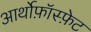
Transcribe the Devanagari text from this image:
आर्थोफ़ॉस्फ़ेट